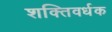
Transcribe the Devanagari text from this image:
शक्‍तिवर्धक